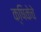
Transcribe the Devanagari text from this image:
क्षिकेचे